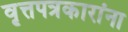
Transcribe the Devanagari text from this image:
वृत्तपत्रकारांना